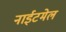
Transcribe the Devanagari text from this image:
नाईटमेल